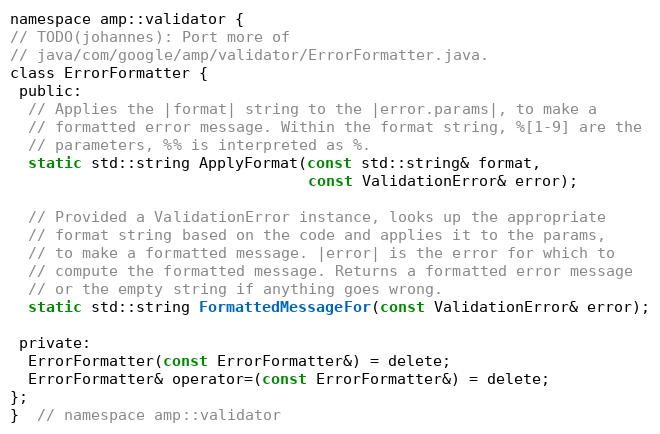
Language: C
namespace amp::validator {
// TODO(johannes): Port more of
// java/com/google/amp/validator/ErrorFormatter.java.
class ErrorFormatter {
 public:
  // Applies the |format| string to the |error.params|, to make a
  // formatted error message. Within the format string, %[1-9] are the
  // parameters, %% is interpreted as %.
  static std::string ApplyFormat(const std::string& format,
                                 const ValidationError& error);

  // Provided a ValidationError instance, looks up the appropriate
  // format string based on the code and applies it to the params,
  // to make a formatted message. |error| is the error for which to
  // compute the formatted message. Returns a formatted error message
  // or the empty string if anything goes wrong.
  static std::string FormattedMessageFor(const ValidationError& error);

 private:
  ErrorFormatter(const ErrorFormatter&) = delete;
  ErrorFormatter& operator=(const ErrorFormatter&) = delete;
};
}  // namespace amp::validator